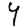
Digit: 4